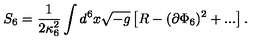
S _ { 6 } = \frac { 1 } { 2 \kappa _ { 6 } ^ { 2 } } \int d ^ { 6 } x \sqrt { - g } \left[ R - ( \partial \Phi _ { 6 } ) ^ { 2 } + . . . \right] .